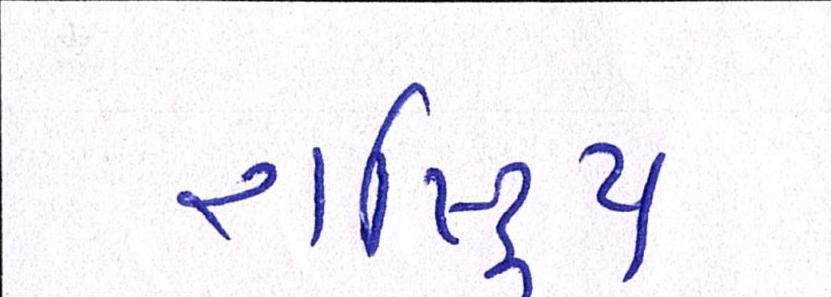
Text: રાષ્ટ્રિય